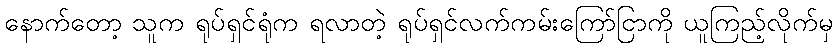
နောက်တော့ သူက ရုပ်ရှင်ရုံက ရလာတဲ့ ရုပ်ရှင်လက်ကမ်းကြော်ငြာကို ယူကြည့်လိုက်မှ